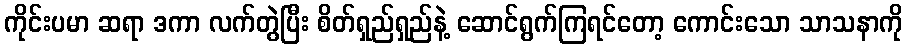
ကိုင်းပမာ ဆရာ ဒကာ လက်တွဲပြီး စိတ်ရှည်ရှည်နဲ့ ဆောင်ရွက်ကြရင်တော့ ကောင်းသော သာသနာကို